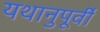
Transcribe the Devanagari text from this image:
यथानुपूर्वी